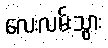
လေးလမ်းသွား